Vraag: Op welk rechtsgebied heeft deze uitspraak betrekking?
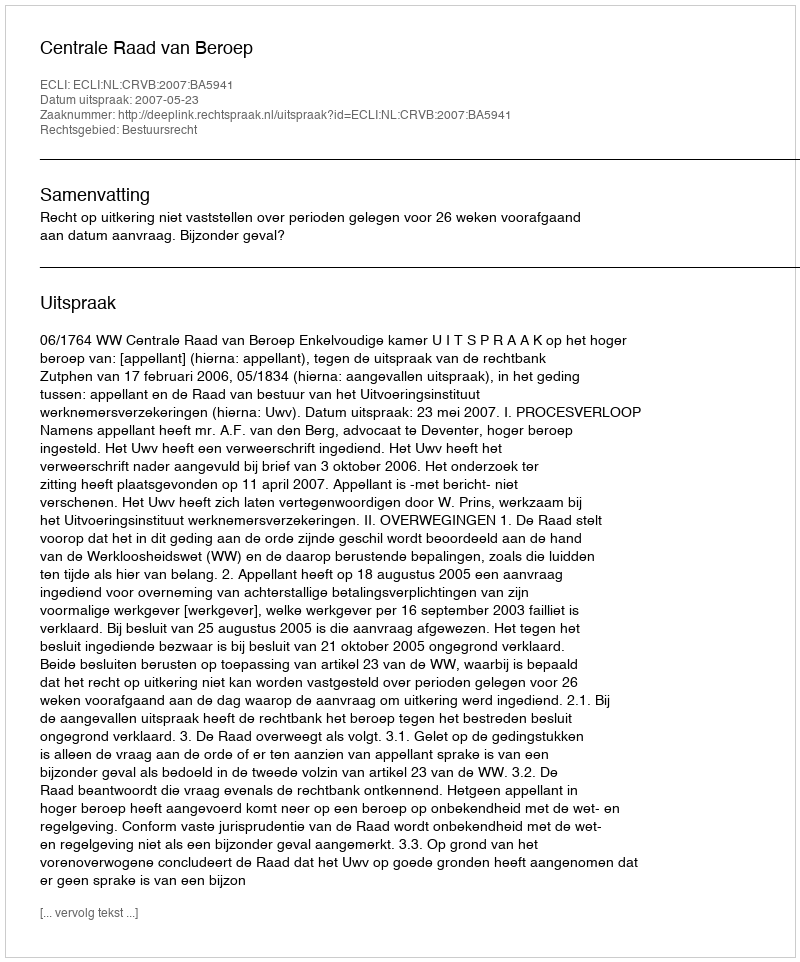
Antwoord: Bestuursrecht